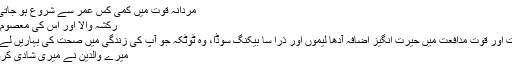
مردانہ قوت میں کمی کس عمر سے شروع ہو جاتی ہے
رکشہ والا اور اس کی معصوم بیٹی
iطاقت اور قوت مدافعت میں حیرت انگیز اضافہ آدھا لیموں اور ذرا سا بیکنگ سوڈا، وہ ٹوٹکہ جو آپ کی زندگی میں صحت کی بہاریں لے آئے
میرے والدین نے میری شادی کروادی